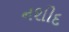
નશીદ